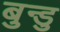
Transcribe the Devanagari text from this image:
बुन्डु